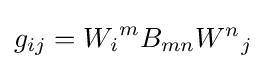
g_{ij}={W_{i}}^{m}B_{mn}{W^{n}}_{j}